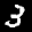
Label: 3